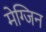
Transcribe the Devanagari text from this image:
मेग्जिन